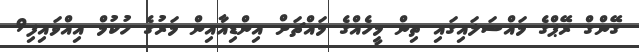
ގޭންގް ރޭޕްގެ މައްސަލައިގައި ތިން މީހެއްގެ މައްޗަށް އިންޑިއާއިން މަރުގެ ހުކުމް އިއްވައިފި9